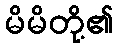
မိမိတို့၏